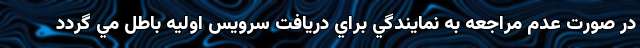
در صورت عدم مراجعه به نمايندگي براي دريافت سرويس اوليه باطل مي گردد